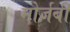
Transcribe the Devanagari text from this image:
मोर्ज़बी